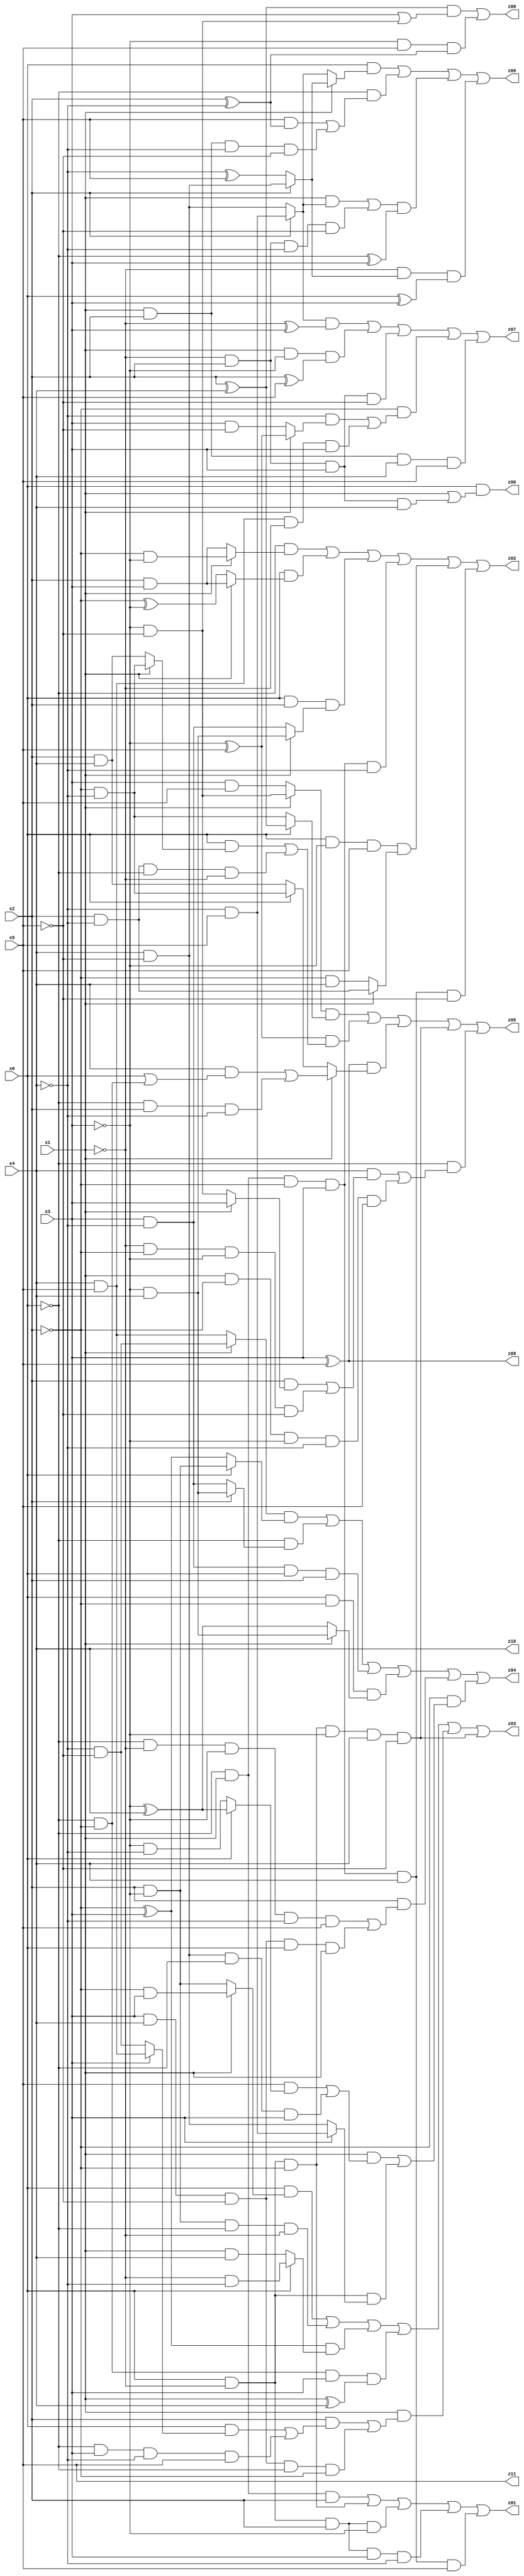
// Benchmark "X_3" written by ABC on Fri May 26 04:00:50 2023

module X_28 ( 
    x0, x1, x2, x3, x4, x5,
    z00, z01, z02, z03, z04, z05, z06, z07, z08, z09, z10, z11  );
  input  x0, x1, x2, x3, x4, x5;
  output z00, z01, z02, z03, z04, z05, z06, z07, z08, z09, z10, z11;
  assign z00 = x0 & (x1 | (~x1 & x2 & x3 & x4));
  assign z01 = (~x0 & x1 & x2) | (x0 & ~x1 & ~x2) | (x0 & ~x1 & x2 & ~x3) | (x0 & ~x1 & x2 & x3 & ~x4) | (~x0 & x1 & ~x2 & x3 & x4 & x5);
  assign z02 = (~x0 & (x1 ? (~x2 & ~x3) : (x2 & x3))) | (x0 & (x1 ? (x2 & x3) : (~x2 ^ ~x3))) | (x0 & x2 & (x1 ? (~x3 & x4) : (x3 & ~x4))) | (~x0 & x1 & ~x2 & x3 & ~x4) | (x0 & ~x3 & x5 & (x1 ? (x2 & ~x4) : (~x2 & x4))) | (~x0 & x1 & ~x2 & x3 & x4 & ~x5);
  assign z03 = (x0 & (x1 ? (~x2 & x3) : (x2 & ~x3))) | (x2 & ~x3 & ~x0 & ~x1) | ((~x2 ^ x3) & (x0 ? (~x1 & ~x4) : (x1 & x4))) | (~x0 & ~x2 & x3 & (x1 ^ x4)) | (x1 & ((x2 & ((x0 & (x3 ? (x4 & x5) : (~x4 & ~x5))) | (~x0 & x3 & ~x4 & x5))) | (x3 & x4 & ~x5 & ~x0 & ~x2))) | (x0 & ~x1 & ~x2 & ~x3 & x4 & ~x5);
  assign z04 = ((x1 ? (~x4 & ~x5) : (x4 & x5)) & (x0 ? (x2 & ~x3) : (~x2 ^ x3))) | (~x0 & (x2 ? (~x3 & x4) : (x3 & ~x4))) | (x3 & ~x4 & x0 & x2) | (x0 & ~x2 & (x1 ? (~x3 & x4) : (~x3 ^ x4))) | (x2 & ((~x0 & ~x1 & ~x3 & ~x4 & x5) | (x3 & x4 & ~x5 & x0 & x1))) | (~x2 & ((x1 & ((x5 & (x0 ? (~x3 ^ x4) : (~x3 & ~x4))) | (x4 & ~x5 & ~x0 & x3))) | (x0 & ~x1 & (x3 ? (~x4 & x5) : (x4 & ~x5)))));
  assign z05 = ((x1 ? (~x3 & ~x5) : (x3 & x5)) & (x0 ? (x2 ^ x4) : (~x2 & ~x4))) | ((~x3 ^ x5) & ((x0 & (x1 ? (~x2 & ~x4) : (x2 & x4))) | (x2 & ~x4 & ~x0 & ~x1))) | ((x3 ^ x5) & (x1 ? ((x4 & (x0 | (~x0 & ~x2))) | (~x0 & x2 & ~x4)) : (x0 ? (~x2 & ~x4) : (x2 & x4)))) | (x0 & ~x1 & ~x2 & ~x3 & x4 & ~x5) | (~x0 & ((x4 & ((x2 & (x1 ? x3 : (~x3 & ~x5))) | (~x1 & ~x2 & ~x3 & ~x5))) | (x1 & ~x2 & ~x3 & ~x4 & x5)));
  assign z06 = (x0 & (x1 ? (x2 ? (x4 & ~x5) : (~x4 ^ x5)) : (x2 ? (~x4 & x5) : (x4 & ~x5)))) | (~x0 & ((x5 & (x2 ^ ~x4)) | (x1 & x2 & ~x4 & ~x5))) | (((x1 & (x2 ? (~x4 & x5) : (x4 & ~x5))) | (~x1 & x2 & ~x4 & ~x5)) & (~x0 ^ x3)) | (~x1 & (x2 ? (x4 & ~x5) : (~x4 ^ x5)) & (x0 ^ x3));
  assign z07 = ((x2 ? (~x4 & x5) : (x4 & ~x5)) & (~x1 ^ x3)) | (x1 & ~x3 & (x2 ^ x5)) | (~x1 & x2 & x3 & ~x5) | (~x2 & ((~x4 & (x1 ? (~x3 ^ x5) : (x3 & ~x5))) | (x4 & x5 & ~x1 & x3))) | (x1 & x2 & x4 & x5);
  assign z08 = ((x2 ^ x4) & (x3 | (~x3 & ~x5))) | (~x3 & x5 & (x2 ^ ~x4));
  assign z09 = x3 ^ x5;
  assign z10 = x4;
  assign z11 = x5;
endmodule